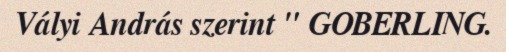
Vályi András szerint " GOBERLING.